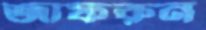
জাফরুন